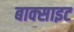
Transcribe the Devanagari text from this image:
बाक्‍साइट